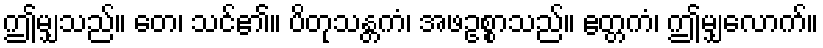
ဤမျှသည်။ တေ၊ သင်၏။ ပိတုသန္တကံ၊ အဖဥစ္စာသည်။ ဧတ္တကံ၊ ဤမျှလောက်။